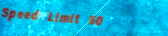
Speed Limit 60